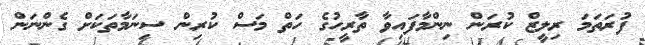
ފުރަތަމަ ރިލީޒް ކުރަން ނިންމާފައިވާ ތާރީހުގެ ހަތް މަސް ކުރިން ސިނަމާތަކަށް ގެންނަން